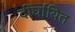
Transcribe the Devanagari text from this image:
दीर्घायित